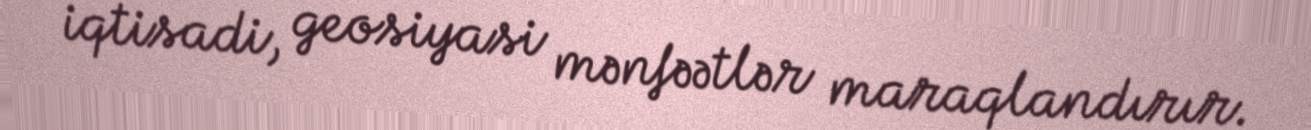
iqtisadi, geosiyasi mənfəətlər maraqlandırır.